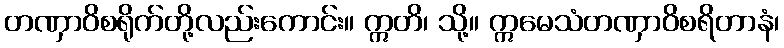
တဏှာဝိစရိုက်တို့လည်းကောင်း။ ဣတိ၊ သို့။ ဣမေသံတဏှာဝိစရိတာနံ၊